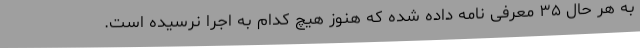
به هر حال ۳۵ معرفی نامه داده شده که هنوز هیچ کدام به اجرا نرسیده است.